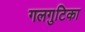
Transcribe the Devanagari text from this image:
गलगुटिका